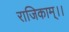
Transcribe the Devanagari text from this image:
राजिकाम्।।